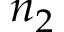
n _ { 2 }